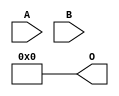
// This program was cloned from: https://github.com/ehw-fit/evoapproxlib
// License: MIT License

/***
* This code is a part of EvoApproxLib library (ehw.fit.vutbr.cz/approxlib) distributed under The MIT License.
* When used, please cite the following article(s): V. Mrazek, L. Sekanina, Z. Vasicek "Libraries of Approximate Circuits: Automated Design and Application in CNN Accelerators" IEEE Journal on Emerging and Selected Topics in Circuits and Systems, Vol 10, No 4, 2020 
* This file contains a circuit from a sub-set of pareto optimal circuits with respect to the pwr and wce parameters
***/
// MAE% = 18.68 %
// MAE = 191 
// WCE% = 74.71 %
// WCE = 765 
// WCRE% = 100.00 %
// EP% = 74.71 %
// MRE% = 100.00 %
// MSE = 76011 
// PDK45_PWR = 0.000 mW
// PDK45_AREA = 0.0 um2
// PDK45_DELAY = 0.00 ns

module mul8x2u_0NG (
    A,
    B,
    O
);

input [7:0] A;
input [1:0] B;
output [9:0] O;
assign O[9] = 1'b0;
assign O[8] = 1'b0;
assign O[7] = 1'b0;
assign O[6] = 1'b0;
assign O[5] = 1'b0;
assign O[4] = 1'b0;
assign O[3] = 1'b0;
assign O[2] = 1'b0;
assign O[1] = 1'b0;
assign O[0] = 1'b0;

endmodule